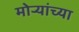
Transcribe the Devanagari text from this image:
मोर्‍यांच्या